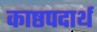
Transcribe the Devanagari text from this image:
काष्ठपदार्थ